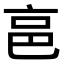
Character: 𠅔